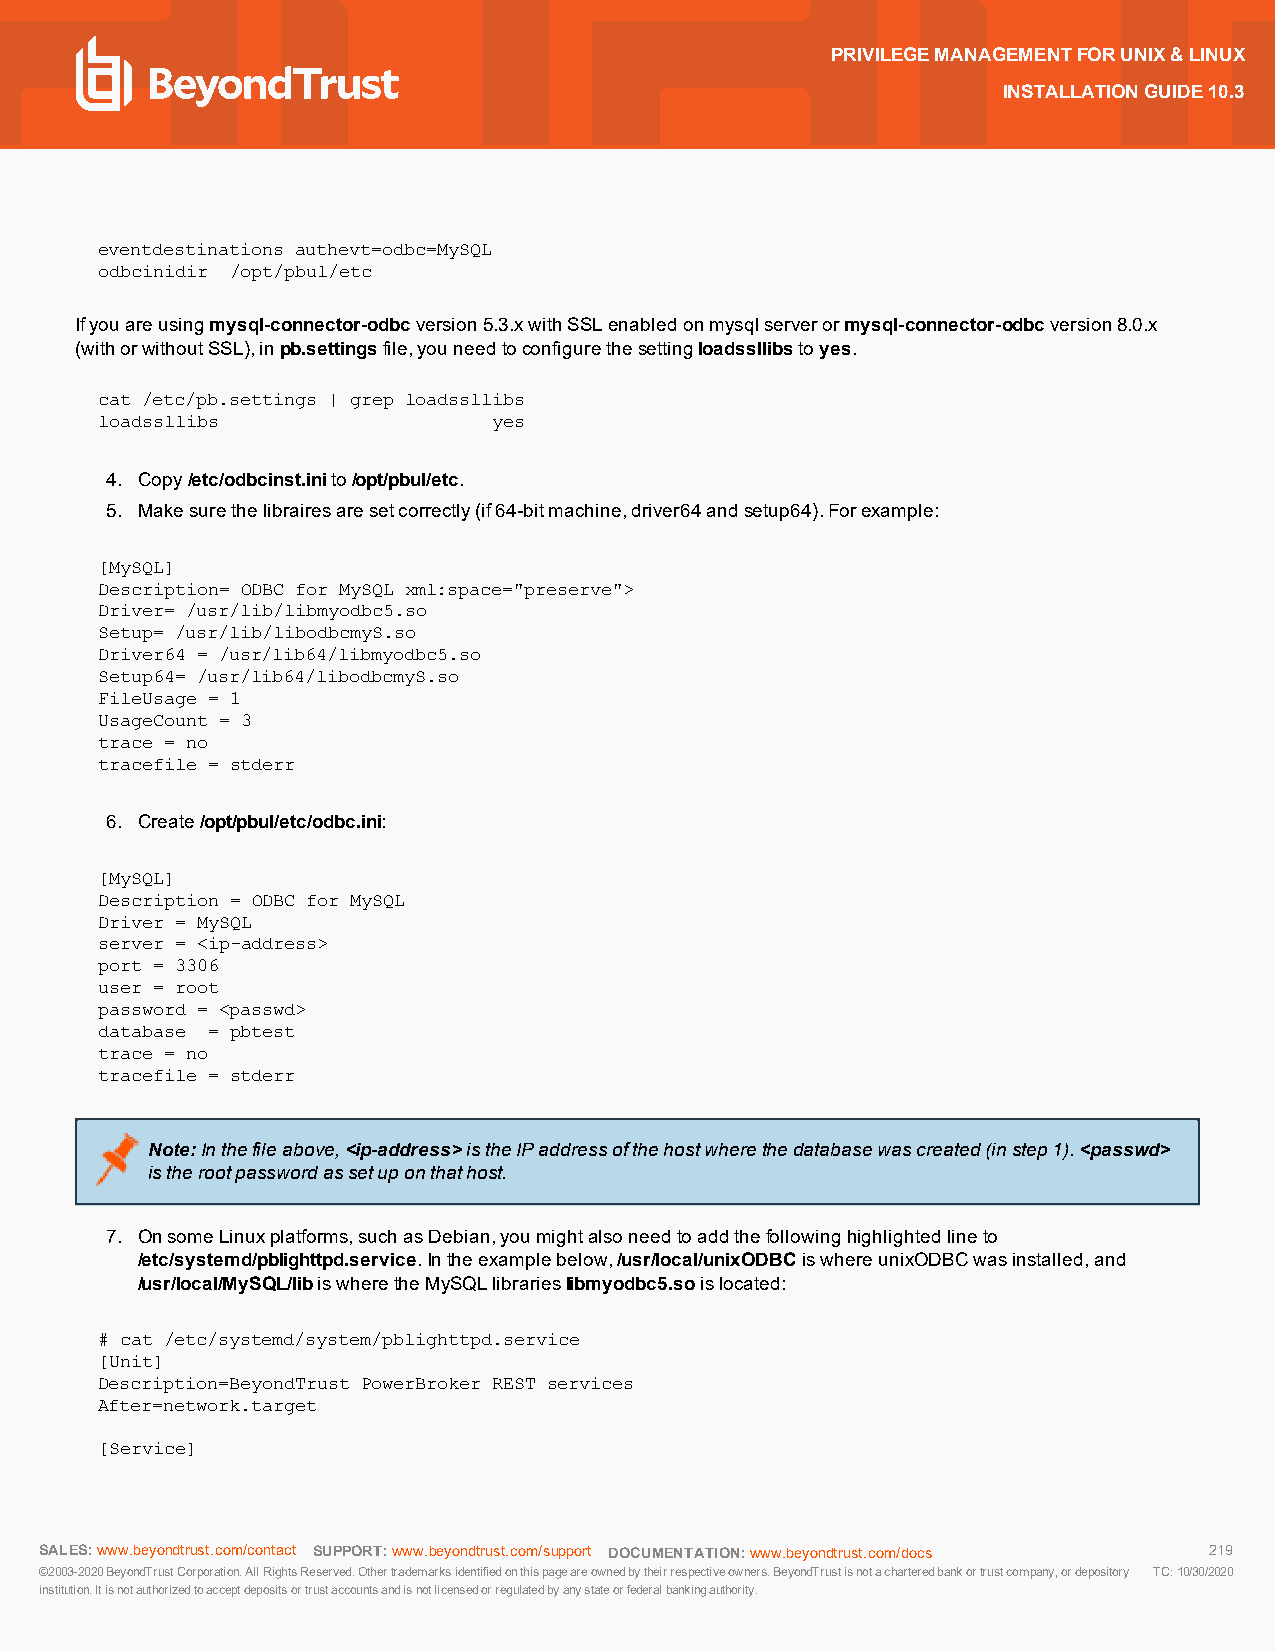
PRIVILEGEMANAGEMENTFORUNIX&LINUX
 INSTALLATIONGUIDE10.3
 eventdestinations authevt=odbc=MySQL
 odbcinidir /opt/pbul/etc
 Ifyouareusingmysql-connector-odbcversion5.3.xwithSSLenabledonmysqlserverormysql-connector-odbcversion8.0.x
 (withorwithoutSSL),inpb.settingsfile,youneedtoconfigurethesettingloadssllibstoyes.
 cat /etc/pb.settings | grep loadssllibs
 loadssllibs               yes
 4. Copy/etc/odbcinst.inito/opt/pbul/etc.
 5. Makesurethelibrairesaresetcorrectly(if64-bitmachine,driver64andsetup64).Forexample:
 [MySQL]
 Description= ODBC for MySQL xml:space="preserve">
 Driver= /usr/lib/libmyodbc5.so
 Setup= /usr/lib/libodbcmyS.so
 Driver64 = /usr/lib64/libmyodbc5.so
 Setup64= /usr/lib64/libodbcmyS.so
 FileUsage = 1
 UsageCount = 3
 trace = no
 tracefile = stderr
 6. Create/opt/pbul/etc/odbc.ini:
 [MySQL]
 Description = ODBC for MySQL
 Driver = MySQL
 server = <ip-address>
 port = 3306
 user = root
 password = <passwd>
 database = pbtest
 trace = no
 tracefile = stderr
 Note:Inthefileabove,<ip-address>istheIPaddressofthehostwherethedatabasewascreated(instep1).<passwd>
 istherootpasswordassetuponthathost.
 7. OnsomeLinuxplatforms,suchasDebian,youmightalsoneedtoaddthefollowinghighlightedlineto
 /etc/systemd/pblighttpd.service.Intheexamplebelow,/usr/local/unixODBCiswhereunixODBCwasinstalled,and
 /usr/local/MySQL/libiswheretheMySQLlibrarieslibmyodbc5.soislocated:
 # cat /etc/systemd/system/pblighttpd.service
 [Unit]
 Description=BeyondTrust PowerBroker REST services
 After=network.target
 [Service]
 SALES:www.beyondtrust.com/contact SUPPORT:www.beyondtrust.com/support DOCUMENTATION:www.beyondtrust.com/docs 219
 ©2003-2020BeyondTrustCorporation.AllRightsReserved.Othertrademarksidentifiedonthispageareownedbytheirrespectiveowners.BeyondTrustisnotacharteredbankortrustcompany,ordepository TC:10/30/2020
 institution.Itisnotauthorizedtoacceptdepositsortrustaccountsandisnotlicensedorregulatedbyanystateorfederalbankingauthority.